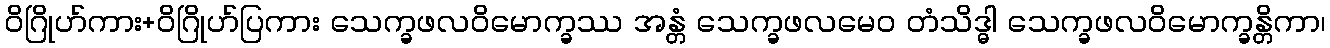
ဝိဂြိုဟ်ကား+ဝိဂြိုဟ်ပြကား သေက္ခဖလဝိမောက္ခဿ အန္တံ သေက္ခဖလမေဝ တံသိဒ္ဓါ သေက္ခဖလဝိမောက္ခန္တိကာ၊